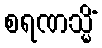
စရဏသ္မိံ